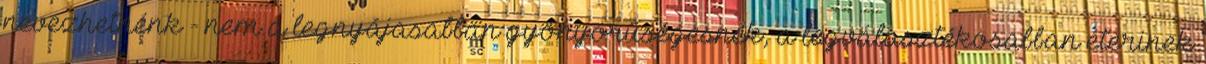
nevezhetnénk - nem a legnyájasabban gyönyörűségesnek, a legválasztékosabban éterinek